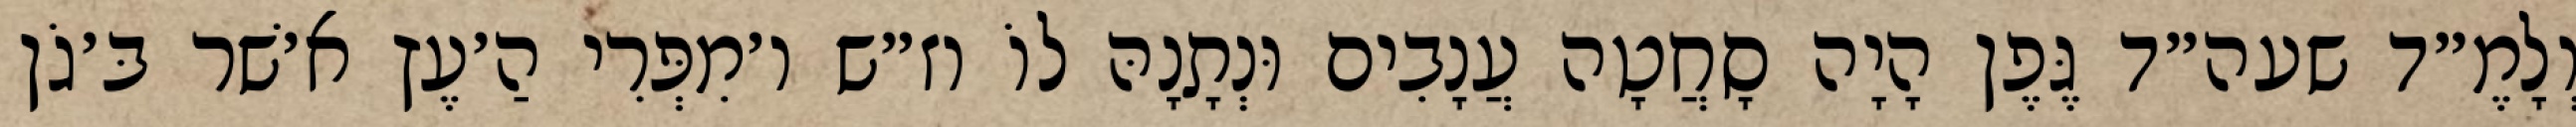
וְלָמֶ״ד שעה״ד גֶּפֶן הָיָה סָחֲטָה עֲנָבִים וּנְתָנָהּ לוֹ וז״ש ו׳מִפְּרִי הַ׳עֶץ א׳שׁר בּ׳גֹן